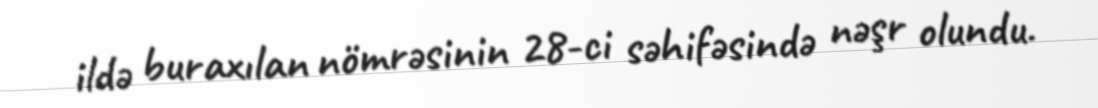
ildə buraxılan nömrəsinin 28-ci səhifəsində nəşr olundu.